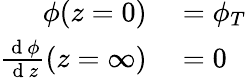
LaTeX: \begin{array}{rl}{\phi(z=0)}&{{}=\phi_{T}}\\ {\frac{\mathrm{~d~}\phi}{\mathrm{~d~}z}(z=\infty)}&{{}=0}\end{array}